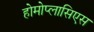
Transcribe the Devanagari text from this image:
होमोप्लासिएस